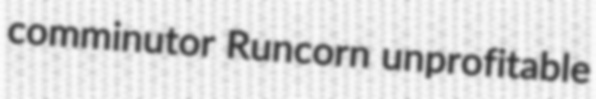
comminutor Runcorn unprofitable